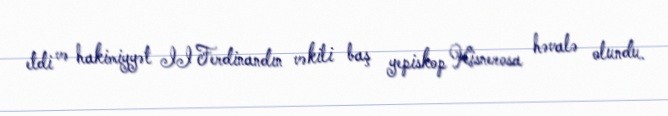
etdi və hakimiyyət II Ferdinandın vəkili baş yepiskop Kisnerosa həvalə olundu.